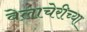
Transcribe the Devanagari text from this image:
वेलाचेरीच्या